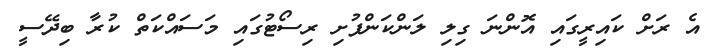
އެ ރަށް ކައިރީގައި އޮންނަ ގިލި ލަންކަންފުށި ރިސޯޓުގައި މަސައްކަތް ކުރާ ބިދޭސީ